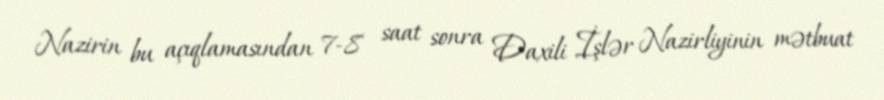
Nazirin bu açıqlamasından 7-8 saat sonra Daxili İşlər Nazirliyinin mətbuat